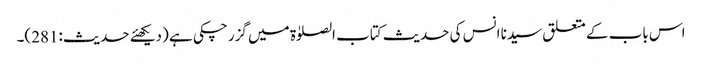
اس باب کے متعلق سیدنا انس کی حدیث کتاب الصلوٰۃ میں گزر چکی ہے (دیکھئے حدیث:281)۔